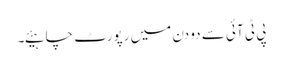
پی ٹی آئی سے دو دن میں رپورٹ چاہیئے۔